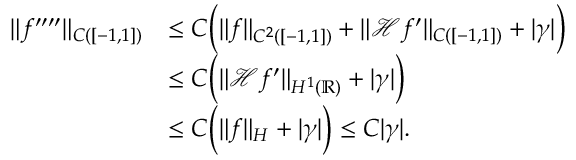
\begin{array} { r l } { \| f ^ { \prime \prime \prime \prime } \| _ { C ( [ - 1 , 1 ] ) } } & { \leq C \Bigl ( \| f \| _ { C ^ { 2 } ( [ - 1 , 1 ] ) } + \| \mathcal H f ^ { \prime } \| _ { C ( [ - 1 , 1 ] ) } + | \gamma | \Bigr ) } \\ & { \leq C \Bigl ( \| \mathcal H f ^ { \prime } \| _ { H ^ { 1 } ( \mathbb R ) } + | \gamma | \Bigr ) } \\ & { \leq C \Bigl ( \| f \| _ { H } + | \gamma | \Bigr ) \leq C | \gamma | . } \end{array}